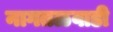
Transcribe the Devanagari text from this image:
नागतळवाडी